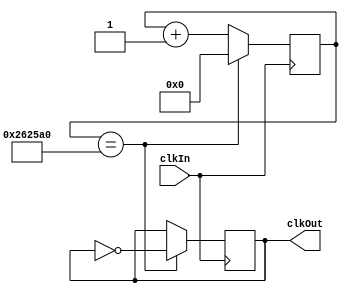
// DE0 Board has a 50MHz clk on board
module clkDivRF( clkIn, clkOut );

	input clkIn;
	output clkOut;
	reg clkOut;
	reg [25:0] count1;
	
	initial begin
		count1 <= 0;
		clkOut <= 0;
	end
	
	always@(posedge clkIn) begin
		count1 <= count1 + 1;
		//if( count1 == 26'd25000000 ) begin	// 2Hz
		//if( count1 == 26'd12500000 ) begin		// 4Hz
		if( count1 == 26'd2500000 ) begin		// 20Hz
		//if( count1 == 26'd250000 ) begin		// 200Hz
		//if( count1 == 26'd25000 ) begin		// 2kHz
		//if( count1 == 26'd10000 ) begin		// 5kHz
		//if( count1 == 26'd5000 ) begin			// 10kHz
		//if( count1 == 26'd2500 ) begin			// 20kHz	// Little bit too fast for the LCD HD44780
		//if( count1 == 26'd250 ) begin			// 20kHz
		//if( count1 == 26'd25 ) begin			// 2MHz
		//if( count1 == 26'd2 ) begin          // 25MHz
		
			clkOut <= ~clkOut;
			count1 <= 26'd0;
		end
	end
	
endmodule